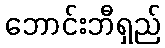
ဘောင်းဘီရှည်